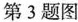
第3题图